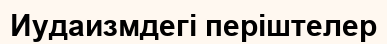
Иудаизмдегі періштелер